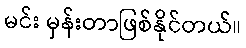
မင်း မှန်းတာဖြစ်နိုင်တယ်။